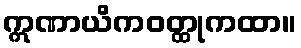
ဣဏာယိကဝတ္ထုကထာ။